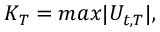
K _ { T } = m a x { | U _ { t , T } | } ,